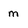
Character: m